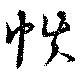
帙